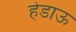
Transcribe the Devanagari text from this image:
हेडाऊ